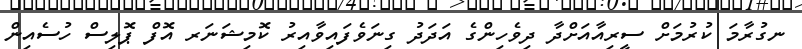
ނގުރާމަ ކުރުމަށް ސީރިއާއަށްދާ ދިވެހިންގެ އަދަދު ގިނަވެފައިވާއިރު ކޮމިޝަނަރ އޮފް ޕޮލިސް ހުސެއިން